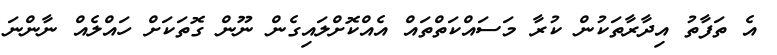
އެ ތަފާތު އިދާރާތަކުން ކުރާ މަސައްކަތްތައް އެއްކޮށްލައިގެން ނޫން ގޮތަކަށް ހައްލެއް ނާންނަ